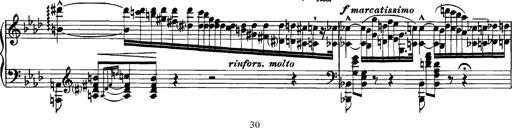
Title: Grandes Etudes
Composer: Franz Liszt